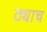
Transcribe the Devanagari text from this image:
ठ्याच